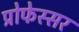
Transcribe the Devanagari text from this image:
प्रोफेस्सर